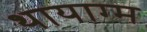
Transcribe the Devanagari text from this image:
थायाग्म